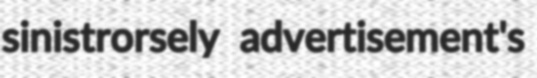
sinistrorsely advertisement's